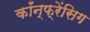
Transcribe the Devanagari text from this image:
कॉंन्फ्रेंसिग